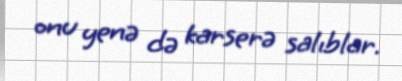
onu yenə də karserə salıblar.